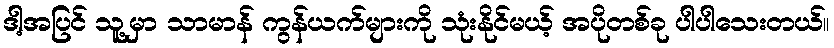
ဒါ့အပြင် သူ့မှာ သာမာန် ကွန်ယက်များကို သုံးနိုင်မယ့် အပိုတစ်ခု ပါပါသေးတယ်။